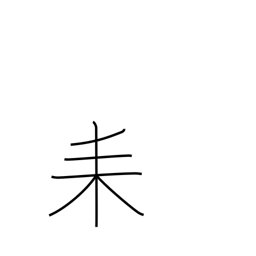
Meaning: three-branch tree radical (no. 127)